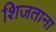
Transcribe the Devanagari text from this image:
शिजताना